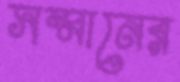
সম্মানের